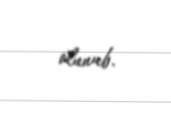
olunub.